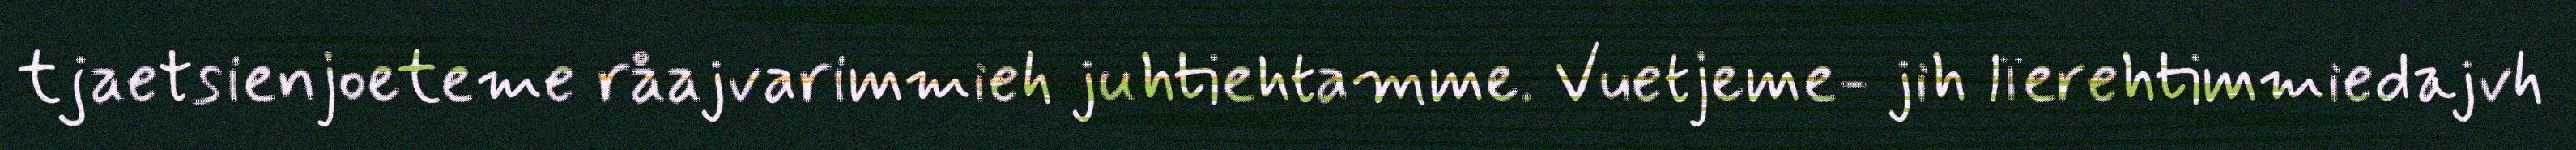
tjaetsienjoeteme råajvarimmieh juhtiehtamme. Vuetjeme- jih lïerehtimmiedajvh